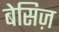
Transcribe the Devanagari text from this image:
बेसिज़